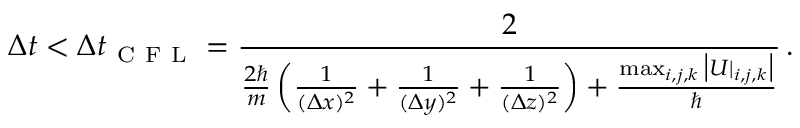
\Delta t < \Delta t _ { \mathrm { ~ C ~ F ~ L ~ } } = \frac { 2 } { \frac { 2 \hbar } { m } \left( \frac { 1 } { ( \Delta x ) ^ { 2 } } + \frac { 1 } { ( \Delta y ) ^ { 2 } } + \frac { 1 } { ( \Delta z ) ^ { 2 } } \right) + \frac { \operatorname* { m a x } _ { i , j , k } \big | U | _ { i , j , k } \big | } { \hbar } } \, .